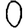
Digit: 0